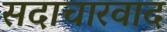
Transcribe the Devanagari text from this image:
सदाचारवाद